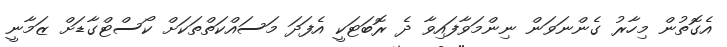
އެގޮތުން މިހާރު ގެންނަވަން ނިންމަވާފައިވާ ދެ ރޮބަޓަކީ އެފަދަ މަސައްކަތްތަކަށް ކޯސްޓްގާޑަށް ޒަމާނީ